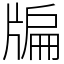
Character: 牑